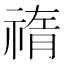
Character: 𥚨